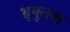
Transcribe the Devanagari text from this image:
भ्रृगुलता